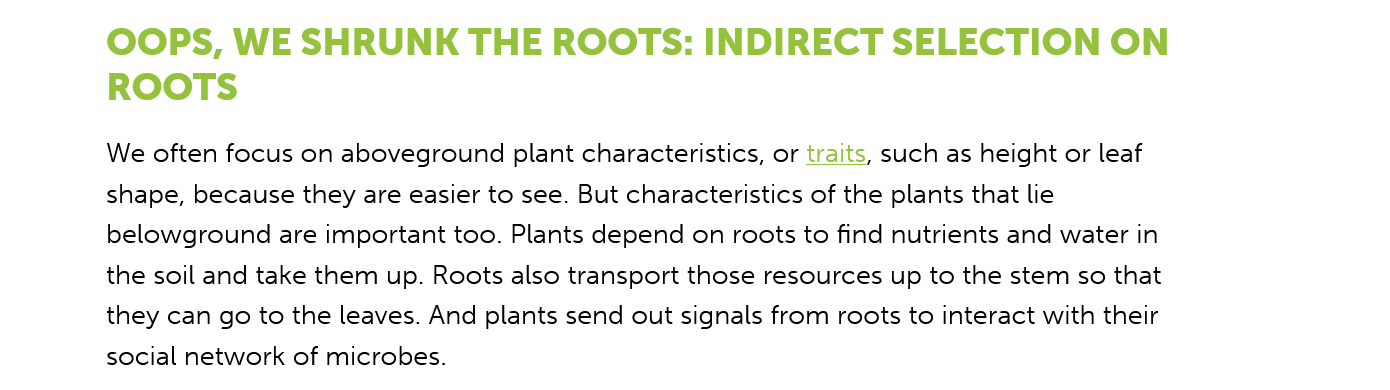
OOPS,    WE   SHRUNK   THE    ROOTS:   INDIRECT    SELECTION    ON
     ROOTS
     We often focus on aboveground plant characteristics, or traits, such as height or leaf
     shape, because they are easier to see. But characteristics of the plants that lie
     belowground are important too. Plants depend on roots to find nutrients and water in
     the soil and take them up. Roots also transport those resources up to the stem so that
     they can go to the leaves. And plants send out signals from roots to interact with their
     social network of microbes.